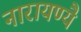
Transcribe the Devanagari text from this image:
नारायण्यै